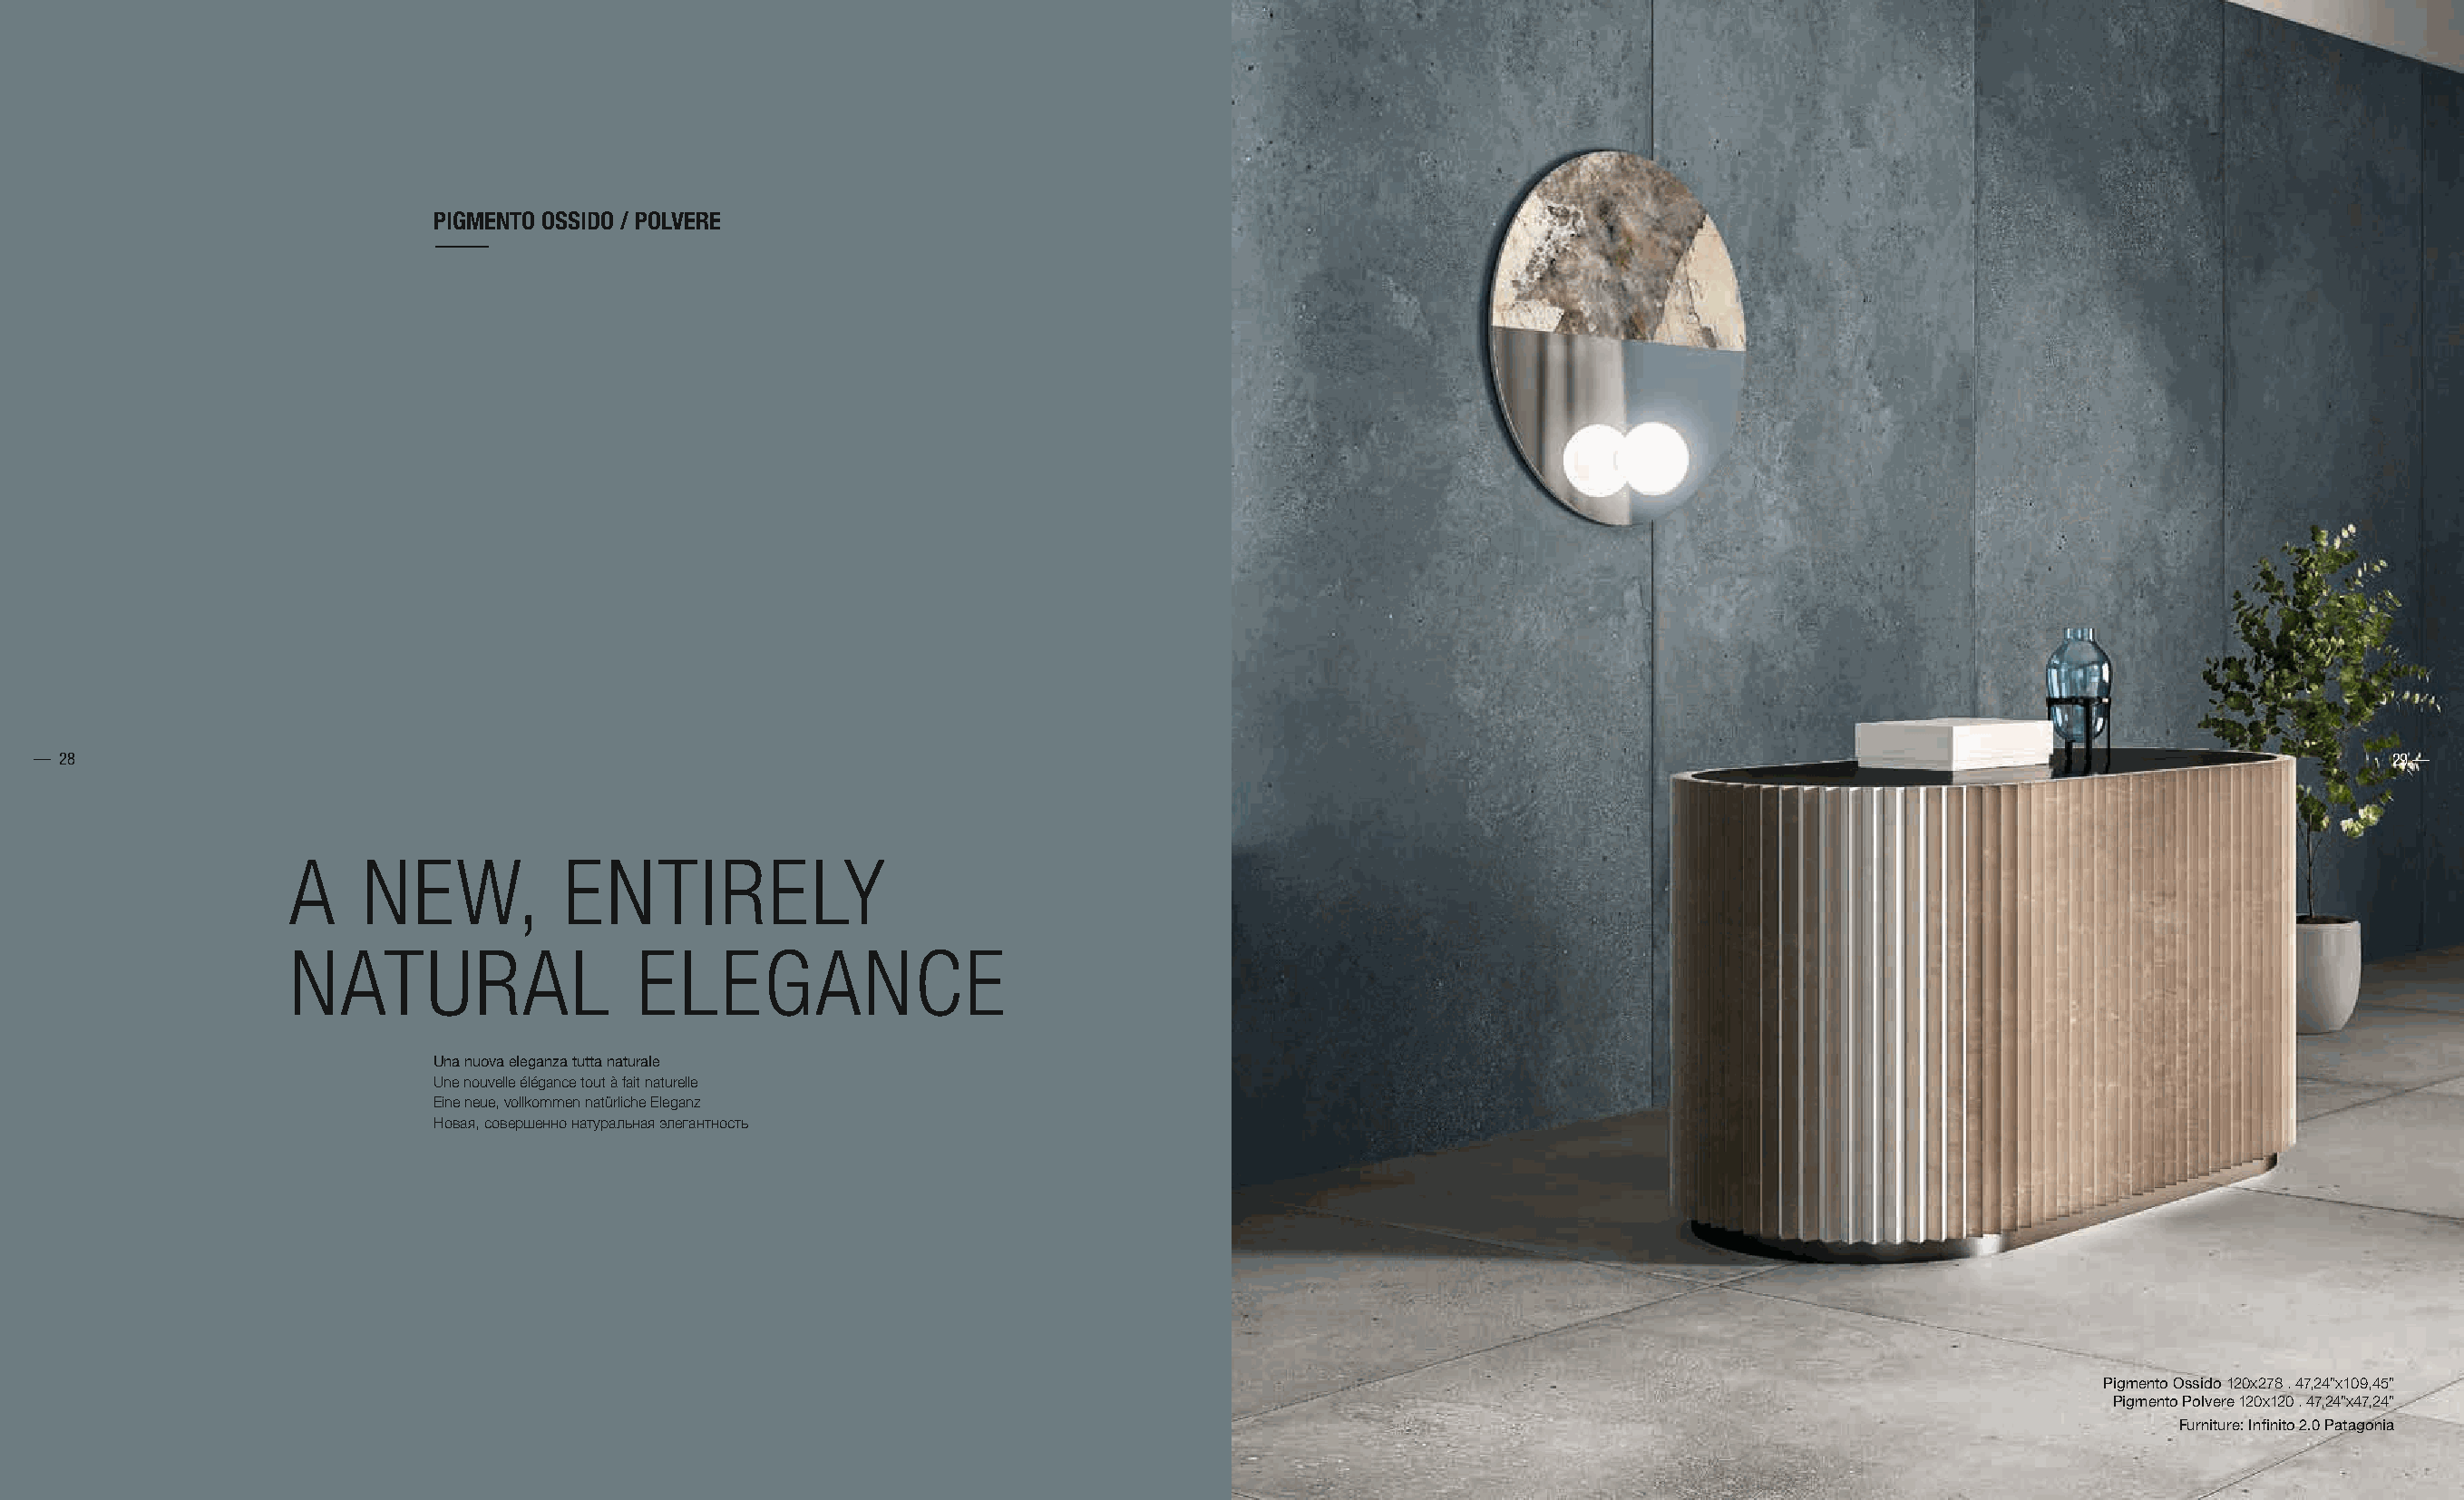
PIGMENTO OSSIDO / POLVERE
 PARTICOLARE
 — 28                                                                                                                                                                         29 —
 A    NEW,           ENTIRELY
 NATURAL                  ELEGANCE
 Una nuova eleganza tutta naturale
 Une nouvelle élégance tout à fait naturelle
 Eine neue, vollkommen natürliche Eleganz
 Новая, совершенно натуральная элегантность
 Pigmento Ossido 120x278 . 47,24”x109,45”
 Pigmento Polvere 120x120 . 47,24”x47,24”
 Furniture: Infinito 2.0 Patagonia